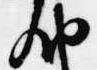
納